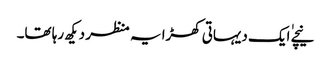
نیچے ٰایک دیہاتی کھڑا یہ منظر دیکھ رہا تھا۔